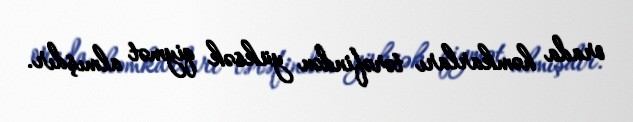
orada həmkarları tərəfindən yüksək qiymət almışdır.